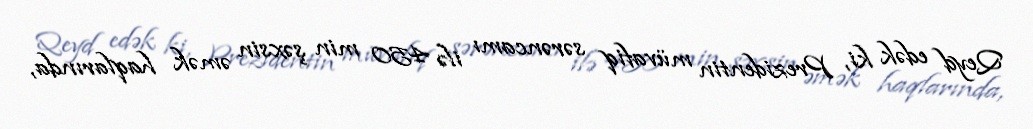
Qeyd edək ki, Prezidentin müvafiq sərəncamı ilə 450 min şəxsin əmək haqlarında,